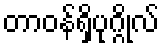
တာဝန်ရှိပုဂ္ဂိုလ်